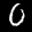
Label: 0